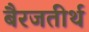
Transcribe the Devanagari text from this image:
बैरजतीर्थ